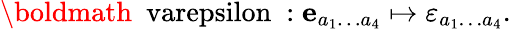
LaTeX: \mathrm{\boldmath~\ varepsilon~}:{\mathbf e}_{a_{1}\ldots a_{4}}\mapsto\varepsilon_{a_{1}\ldots a_{4}}.